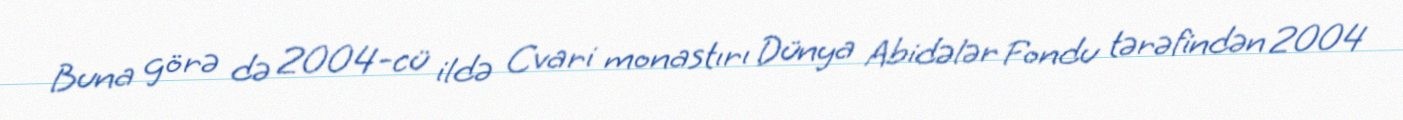
Buna görə də 2004-cü ildə Cvari monastırı Dünya Abidələr Fondu tərəfindən 2004